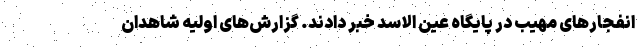
انفجارهای مهیب در پایگاه عین الاسد خبر دادند. گزارش‌های اولیه شاهدان